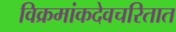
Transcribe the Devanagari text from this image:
विक्रमांकदेवचरितात